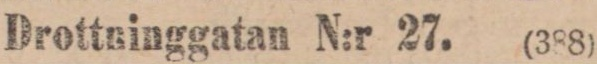
Drottninggatan N:r 27. (388)